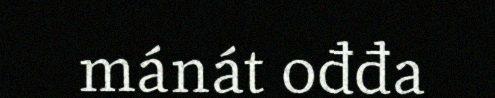
mánát ođđa